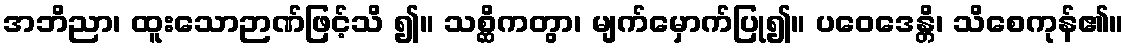
အဘိညာ၊ ထူးသောဉာဏ်ဖြင့်သိ ၍။ သစ္ဆိကတွာ၊ မျက်မှောက်ပြု၍။ ပဝေဒေန္တိ၊ သိစေကုန်၏။